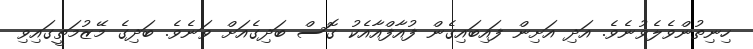
ހިނިތުންވެލެވުނެވެ. އަދި އަށިން ފައިބައިގެން ފުއާފްއާއެކު ގޮސް ބަދިގެއަށް ވަނެވެ. ބަދިގެ މޭޒުމަތީގައިވި